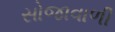
સોજાવાળી